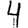
Digit: 4